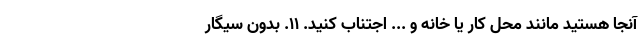
آنجا هستید مانند محل کار یا خانه و ... اجتناب کنید. ۱۱. بدون سیگار